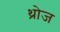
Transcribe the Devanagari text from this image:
थ्रोज